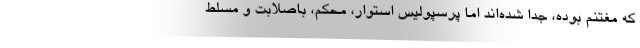
که مغتنم بوده، جدا شده‌اند اما پرسپولیس استوار، محکم، باصلابت و مسلط